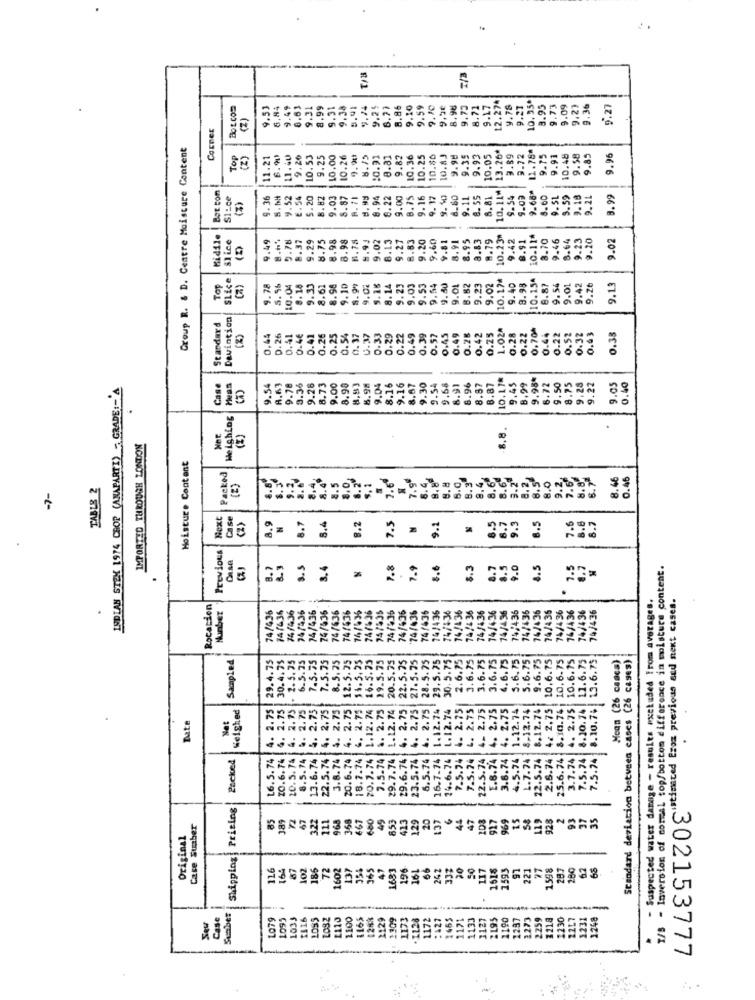
T/3
2/3
BOL Com
9.5
6,84
9.49
0.63
9.31
8.99
9.31
9.74
9.25
6.77
8.86
9.10
9.59
9.10
9.5e
8.98
9.75
8.71
9.17
12.274
9.78
9.27
10.35º
9.73
9.09
9.23
9.36
9.27
(2)
COEnes
Group R. & D. Ceatre Moisture Content
13.26*
11.78*
Top
(2)
11.21
6.90
9.20
10.53
9.25
10.00
10.26
9.90
8.15
:0.91
8.81
9.82
10.36
10.25
10.83
9.93
10.05
3.89
9.72
9.75
9.91
10.48
1.58
9.96
Bot ton
SI-ce
(3)
9.36
9.52
2.54
6.20
8.82
9.03
8.87
8. 71
8.94
8.22
9.00
8.75
9.16
9.17
9.90
9.11
8. 55
8.81
10.11
$.54
9.09
9.68ª
8.60
9.51
9.59
9.18
9.99
Midile
Slice
9.49
8.6%
3.78
8.37
9.29
8.98
8.98
8.93
9.02
8.13
9.27
8.83
9.81
8.91
8.95
8.83
10.23*
9.42
8.91
10.114
8.70
9.46
8.64
9.23
.20
2.02
SLice
9.54
9.80
8.93
10.154
8.87
Top
(a)
9.7
5. 56
10.04
8.18
9.33
8.61
8.98
1 8.99
9.00
5.16
8.14
9.23
9.53
.OL
3.23
9.02
9.40
9.56
9.01
9.42
9.26
9.13
-
Standard
0.37
U.37
0.33
0.29
0.22
0.49
0.39
0.57
0.45
0.28
1.024
0.22
0.70%
0.44
0,44
0.26
0.41
0.46
0.41
0.26
0.25
0.54
0.49
0.42
0.25
0.28
0.22
0.52
0.32
0.63
0.34
9.04
9.16
8.67
.30
.54
9.68
.96
3.87
10. 17*
9.45
8.99
9.98*
1.50
.28
9.22
9.05
0.40
INDIAN STEK 1974 CHOP (ANAPARTI) - GRADE :- A
Case
Meas
(A)
.78
9.36
9.26
8.73
9.00
8.90
8.83
8.98
8.16
8.91
.87
6.72
8.7
9.5
Weighing
8.8.
Met
(%)
IMPORTED THROUGH LONDON
Moisture Content
Packed
3.46
TABLE 2
(2)
Next
Case
N
8.2
7.5
8.5
8.9
8.7
8.4
9.1
Previous
Casa
3.5
8.4
7.8
7.9
8.3
8.7
8.5
9.0
8.5
7.5
T/S - Inversion of comal top/bottom difference in moisture content.
..
Suspected water damage - results excluded From averages.
LLLESTZO Ci Ex previous and next cases.
Rotation
Number
74/436
74/436
74/436
74/436
74/636
74/636
74/636
74/635
747%36
74/535
74/535
74/436
'74/436
74/436
74/4:36
74/436
74/436
74/4 36
74/436
74/436
74/436
74/436
74/436
74/436
74/436
74/4 36
74/436
74/436
74/436
74/436
Sampled
29.4.75
6.5.25
7.5.75
7.5.75
8.5.25
4. 2.75 12.5.25
18.2.74 6. 2.75 14.5.25
70.7.74 1.12.74 16.5.25
7.5.74 6. 2.75 29.5.75
4. 2.75 | 22.5.25
27.5.75
28.5.75
29.5.75
30.5.75
2.6.75
1. 2.75 3.6.75
3.6.75
3.6.75
4.6.73
5.6.75
5.6.75
9.6.75
2.6.74 4/ 2.75 10.6.75
25.6.74 8.10.74 | 10.6.75
10.6.75
7.5.74 8.10.74 11.6.75
8.10.76 13.6.75
Mean (26 casca)
Standard deviation betveen cases (26 cases)
30.4.75
- 2.5.35
1.12.74 30.5.75
Weighed
4. 2.75
4. 2.75
4. 2.75
. 2.75
. 2.75
4. 2.75
. 2.75
4. 2.75
4. 2.75
1.12.74
4. 2.75
2.75
4. 2.75
4. 2.75
1.12.74
8.12.74
22.5.74 8.12.74
3.7.74 4. 2.75
Zute
.
Net
Packed
16.5.74
20.6.74
20.5.74
8.5.74
13.6.74
22.5.74
3.8.74
20.6.74
29.7.74
29.6.74
23.5.74
5.5.74
16.7.74
14.6.74
7.5.74
7.5.24
3.6.74
1.7.74
7.5.24
22.5.74
E.8.74
4.5.74
Shipping| Prising
85
389
47
3.22
111
968
368
461
600
45
853
413
20
44
47
103
917
969
15
58
119
925
2
93
37
35
Case Suber
129
137
Original
116
164
87
102
185
72
1602
137
356
365
47
1683
196-
161
242
333
20
117
1618
1593
97
221
27
1598
287
280
6.2
68
Sumber
Case
LO79
1095
1033
1416
1032
1110
1100
1165
2129
1173
1172
:427
1465
1171
1133
1127
2195
1190
1287
1273
2.259
1218
1230
22L7
1231
1248
Seu
-